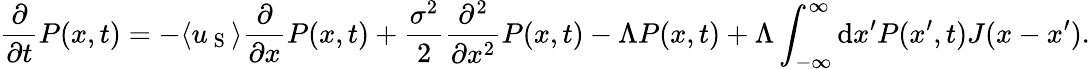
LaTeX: \frac{\partial}{\partial t}P(x,t)=-\langle u_{\mathrm{~S~}}\rangle\frac{\partial}{\partial x}P(x,t)+\frac{\sigma^{2}}{2}\frac{\partial^{2}}{\partial x^{2}}P(x,t)-\Lambda P(x,t)+\Lambda\int_{-\infty}^{\infty}\mathrm{d}x^{\prime}P(x^{\prime},t)J(x-x^{\prime}).